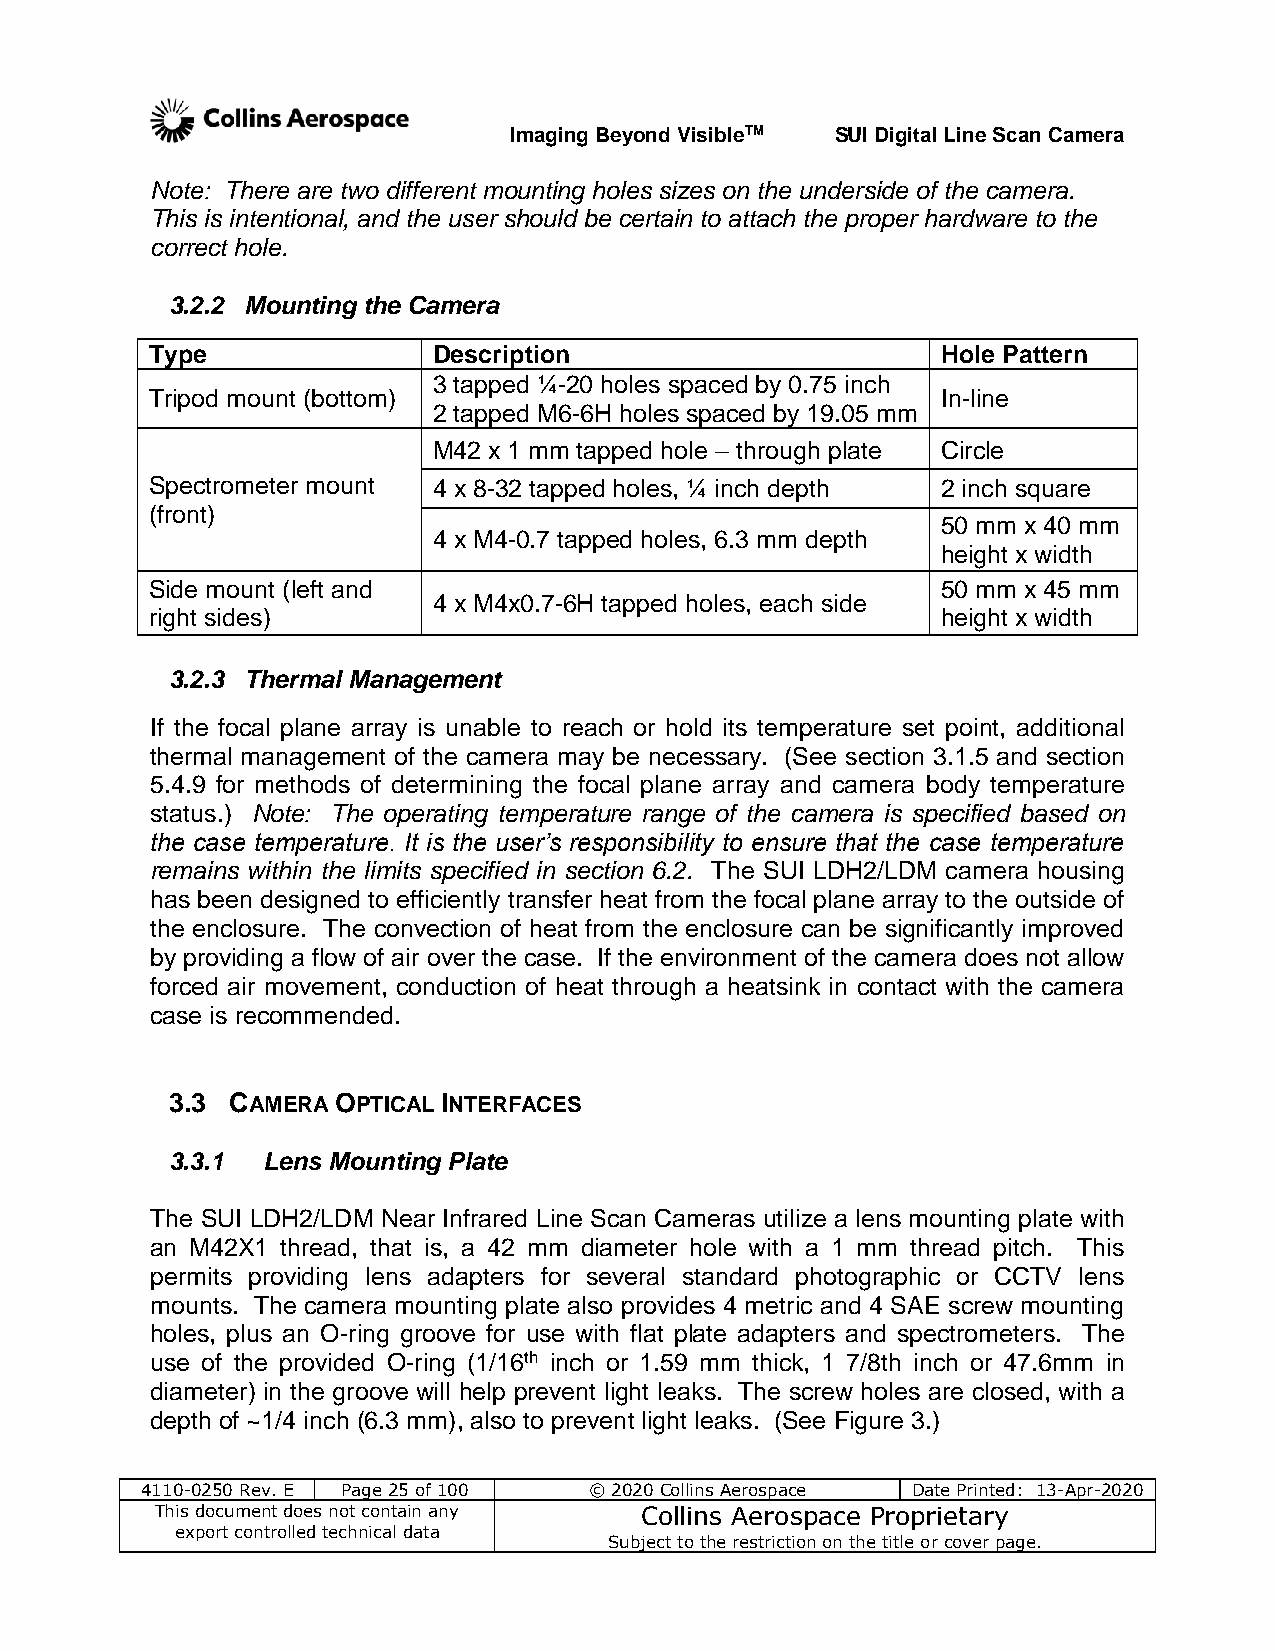
Imaging Beyond VisibleTM SUI Digital Line Scan Camera
 Note: There are two different mounting holes sizes on the underside of the camera.
 This is intentional, and the user should be certain to attach the proper hardware to the
 correct hole.
 3.2.2 Mounting the Camera
 Type               Description                      Hole Pattern
 3 tapped ¼-20 holes spaced by 0.75 inch
 Tripod mount (bottom)                               In-line
 2 tapped M6-6H holes spaced by 19.05 mm
 M42 x 1 mm tapped hole – through plate Circle
 Spectrometer mount 4 x 8-32 tapped holes, ¼ inch depth 2 inch square
 (front)
 50 mm x 40 mm
 4 x M4-0.7 tapped holes, 6.3 mm depth
 height x width
 Side mount (left and                                50 mm x 45 mm
 4 x M4x0.7-6H tapped holes, each side
 right sides)                                        height x width
 3.2.3 Thermal Management
 If the focal plane array is unable to reach or hold its temperature set point, additional
 thermal management of the camera may be necessary. (See section 3.1.5 and section
 5.4.9 for methods of determining the focal plane array and camera body temperature
 status.) Note: The operating temperature range of the camera is specified based on
 the case temperature. It is the user’s responsibility to ensure that the case temperature
 remains within the limits specified in section 6.2. The SUI LDH2/LDM camera housing
 has been designed to efficiently transfer heat from the focal plane array to the outside of
 the enclosure. The convection of heat from the enclosure can be significantly improved
 by providing a flow of air over the case. If the environment of the camera does not allow
 forced air movement, conduction of heat through a heatsink in contact with the camera
 case is recommended.
 3.3 CAMERA OPTICAL INTERFACES
 3.3.1 Lens Mounting Plate
 The SUI LDH2/LDM Near Infrared Line Scan Cameras utilize a lens mounting plate with
 an M42X1 thread, that is, a 42 mm diameter hole with a 1 mm thread pitch. This
 permits providing lens adapters for several standard photographic or CCTV lens
 mounts. The camera mounting plate also provides 4 metric and 4 SAE screw mounting
 holes, plus an O-ring groove for use with flat plate adapters and spectrometers. The
 use of the provided O-ring (1/16th inch or 1.59 mm thick, 1 7/8th inch or 47.6mm in
 diameter) in the groove will help prevent light leaks. The screw holes are closed, with a
 depth of ~1/4 inch (6.3 mm), also to prevent light leaks. (See Figure 3.)
 4110-0250 Rev. E Page 25 of 100 © 2020 Collins Aerospace Date Printed: 13-Apr-2020
 This document does not contain any Collins Aerospace Proprietary
 export controlled technical data
 Subject to the restriction on the title or cover page.